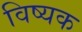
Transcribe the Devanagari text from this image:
विष्यक